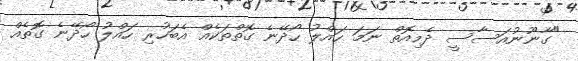
"ގާނޫނުއަސާސީ ދެމިއޮތް ނަމަ ހައްލު ހޯދޭނެ ގޮތްތަކެއް އެބަހުރި ހައްލު ހޯދޭނެ ގޮތެއް